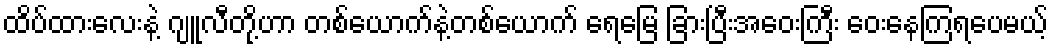
ထိပ်ထားလေးနဲ့ ဂျူလီတို့ဟာ တစ်ယောက်နဲ့တစ်ယောက် ရေမြေ ခြားပြီးအဝေးကြီး ဝေးနေကြရပေမယ့်